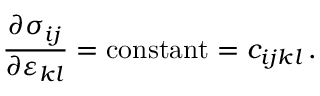
{ \frac { \partial \sigma _ { i j } } { \partial \varepsilon _ { k l } } } = { \mathrm { c o n s t a n t } } = c _ { i j k l } \, .